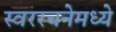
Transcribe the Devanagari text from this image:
स्वररचनेमध्ये